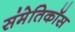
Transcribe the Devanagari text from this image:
संमेतिकॉस